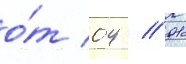
о́т 04 // 01